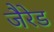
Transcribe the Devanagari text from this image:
जैरेड